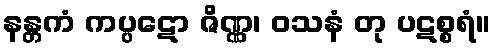
နန္တကံ ကပ္ပဋော ဇိဏ္ဏ၊ ဝသနံ တု ပဋစ္စရံ။